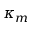
\kappa _ { m }